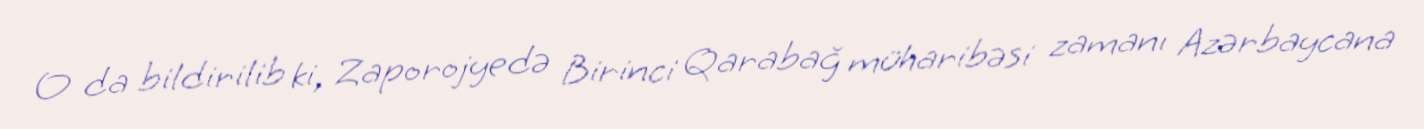
O da bildirilib ki, Zaporojyedə Birinci Qarabağ müharibəsi zamanı Azərbaycana